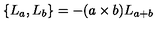
\{ L _ { a } , L _ { b } \} = - ( a \times b ) L _ { a + b }